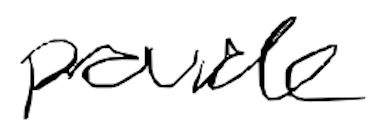
Text: provide
Cross-out: clean
Writing tool: digital_black